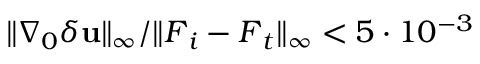
\lVert \nabla _ { 0 } \delta \mathbf { u } \rVert _ { \infty } / \lVert \boldsymbol { F } _ { i } - \boldsymbol { F } _ { t } \rVert _ { \infty } < 5 \cdot 1 0 ^ { - 3 }